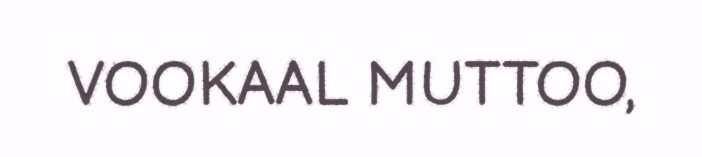
VOOKAAL MUTTOO,